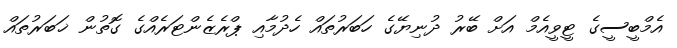
އެމްބީސީގެ ޓީވީއެމް އަށް ބޭރު ދުނިޔޭގެ ހަބަރުތައް ހެދުމާއި ޕްރެޒެންޓަރެއްގެ ގޮތުން ޚަބަރުތައް